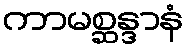
ကာမစ္ဆန္ဒာနံ